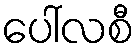
ပေါ်လစီ